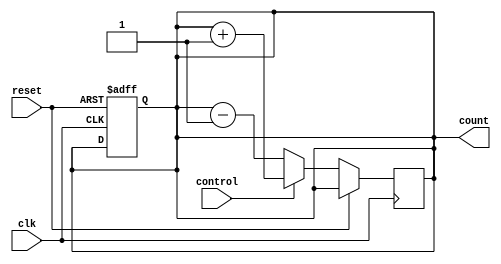
module UpDownCounter (
    input wire clk,
    input wire reset,
    input wire control,
    output reg [7:0] count
);

reg [7:0] next_count;

always @ (posedge clk or posedge reset) begin
    if (reset) begin
        count <= 8'h00;
    end else begin
        if (control) begin
            next_count <= count + 8'h01;
        end else begin
            next_count <= count - 8'h01;
        end
    end
end

always @* begin
    count <= next_count;
end

endmodule